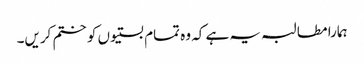
ہمارا مطالبہ یہ ہے کہ وہ تمام بستیوں کو ختم کریں۔